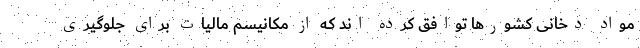
مواد دخانی کشورها توافق کرده اند که از مکانیسم مالیات برای جلوگیری